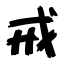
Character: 戒